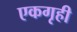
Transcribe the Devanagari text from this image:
एकगृही